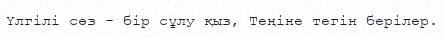
Үлгілі сөз - бір сұлу қыз, Теңіне тегін берілер.